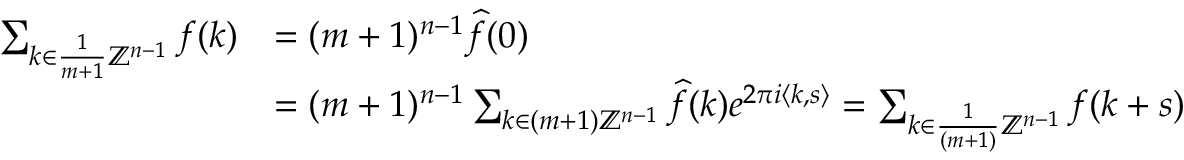
\begin{array} { r l } { \sum _ { k \in \frac { 1 } { m + 1 } \mathbb { Z } ^ { n - 1 } } f ( k ) } & { = ( m + 1 ) ^ { n - 1 } \widehat f ( 0 ) } \\ & { = ( m + 1 ) ^ { n - 1 } \sum _ { k \in ( m + 1 ) \mathbb { Z } ^ { n - 1 } } \widehat f ( k ) e ^ { 2 \pi i \langle k , s \rangle } = \sum _ { k \in \frac { 1 } { ( m + 1 ) } \mathbb { Z } ^ { n - 1 } } f ( k + s ) } \end{array}